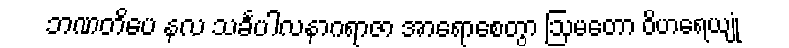
ဘဏတိပေ နလ သင်္ခပါလနာဂရာဇာ အာရောစေတွာ ဩမတော ဝိဟရေယျုံ